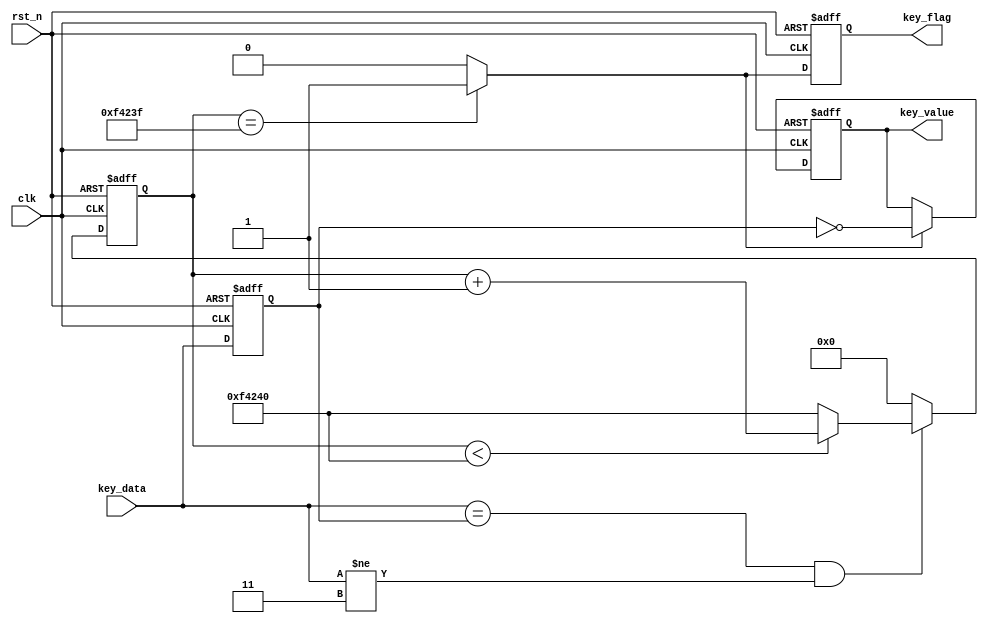
/*-----------------------------------------------------------------------
								 \\\|///
							   \\  - -  //
								(  @ @  )  
+-----------------------------oOOo-(_)-oOOo-----------------------------+
CONFIDENTIAL IN CONFIDENCE
This confidential and proprietary software may be only used as authorized
by a licensing agreement from CrazyBingo (Thereturnofbingo).
In the event of publication, the following notice is applicable:
Copyright (C) 2012-20xx CrazyBingo Corporation
The entire notice above must be reproduced on all authorized copies.
Author				:		CrazyBingo
Technology blogs 	: 		www.crazyfpga.com
Email Address 		: 		crazyfpga@vip.qq.com
Filename			:		key_counter_scan.v
Date				:		2011-06-25 00:51
Description			:		Key scan via counter detect. 
Modification History	:
Date			By			Version			Change Description
=========================================================================
10/05/12		CrazyBingo	1.1				Original
12/05/13		CrazyBingo	1.2				Modification
13/01/08		CrazyBingo	1.3				Modification
----------------------------------------------------------
-------------------------------------------------------------------------
|                                     Oooo								|
+-------------------------------oooO--(   )-----------------------------+
                               (   )   ) /
                                \ (   (_/
                                 \_)
-----------------------------------------------------------------------*/
`timescale 1ns/1ns
module key_counter_scan
#(
	parameter	KEY_WIDTH = 2
)
(
	//global clock
	input 							clk,
	input 							rst_n,
	
	//key interface
	input 		[KEY_WIDTH-1:0] 	key_data,
	
	//user interface
	output 	reg						key_flag,
	output	reg	[KEY_WIDTH-1:0]		key_value	//H Valid
);

//-----------------------------------
//Register key_data for compare
reg	[KEY_WIDTH-1:0]	key_data_r;
always @(posedge clk or negedge rst_n)
begin
	if(!rst_n)
		key_data_r <= {KEY_WIDTH{1'b1}};
	else
		key_data_r <= key_data;
end


//-----------------------------------
//Delay for 20ms
localparam DELAY_TOP = 20'd1000_000;
//localparam DELAY_TOP = 20'd1000;		//Just for test
reg	[19:0]	delay_cnt;
//-----------------------------------
//Key scan via counter detect.
always @(posedge clk or negedge rst_n)
begin
	if(!rst_n)	
		delay_cnt <= 0;
	else 
		begin
		if((key_data == key_data_r) && (key_data != {KEY_WIDTH{1'b1}}))	//20ms counter jitter
			begin
			if(delay_cnt < DELAY_TOP)
				delay_cnt <= delay_cnt + 1'b1;
			else
				delay_cnt <= DELAY_TOP;
			end
		else
			delay_cnt <= 0;
		end
end


//-----------------------------------
//the complete of key_data capture
wire	key_trigger = (delay_cnt == DELAY_TOP - 1'b1) ? 1'b1 : 1'b0;
	
//-----------------------------------
//output the valid key_value via key_trigger
always@(posedge clk or negedge rst_n)
begin
	if(!rst_n)
		key_value <= {KEY_WIDTH{1'b0}};
	else if(key_trigger)
		key_value <= ~key_data_r;
	else
		key_value <= key_value;
end

//---------------------------------
//Lag 1 clock for valid read enable 
always@(posedge clk or negedge rst_n)
begin
	if(!rst_n)
		key_flag <= 0;
	else
		key_flag <= key_trigger;
end

endmodule